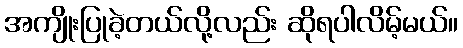
အကျိုးပြုခဲ့တယ်လို့လည်း ဆိုရပါလိမ့်မယ်။